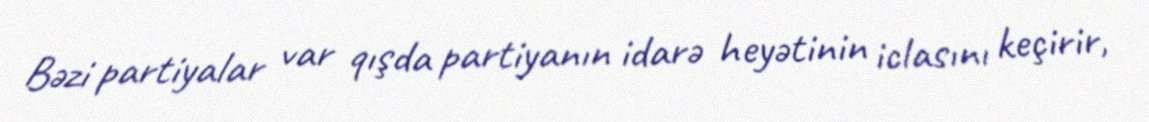
Bəzi partiyalar var qışda partiyanın idarə heyətinin iclasını keçirir,